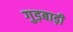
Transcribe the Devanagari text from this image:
गुड़बाड़ी